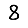
Digit: 8